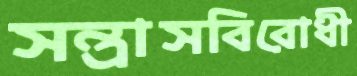
সন্ত্রাসবিরোধী